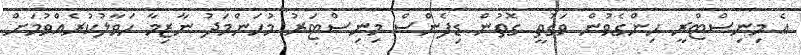
އެ މިނިސްޓްރީ ހިންގެވުން ވަގުތީ ގޮތުން ޑިފެންސް މިނިސްޓަރު މުހަންމަދު ނާޒިމާ ހަވާލުކުރެއްވުމަށް